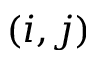
( i , j )